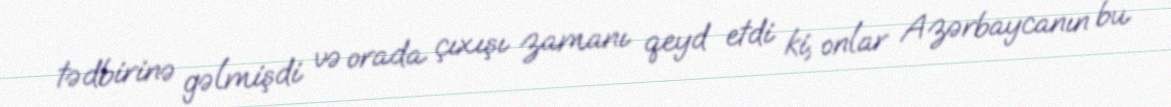
tədbirinə gəlmişdi və orada çıxışı zamanı qeyd etdi ki, onlar Azərbaycanın bu